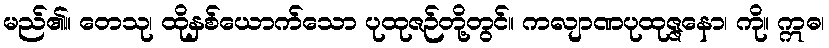
မည်၏။ တေသု၊ ထိုနှစ်ယောက်သော ပုထုဇဉ်တို့တွင်။ ကလျာဏပုထုဇ္ဇနော၊ ကို။ ဣဓ၊